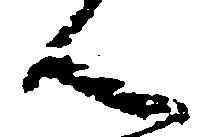
ん